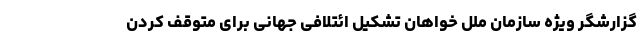
گزارشگر ویژه سازمان ملل خواهان تشکیل ائتلافی جهانی برای متوقف کردن